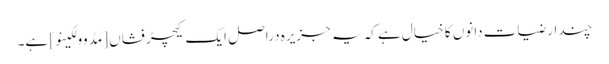
چند ارضیات دانوں کا خیال ہے کہ یہ جزیرہ دراصل ایک کیچڑ فشاں [مڈ وولکینو] ہے۔